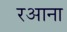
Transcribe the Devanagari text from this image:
रआना